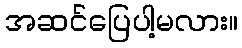
အဆင်ပြေပါ့မလား။